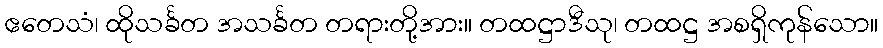
ဧတေသံ၊ ထိုသင်္ခတ အသင်္ခတ တရားတို့အား။ တထဋ္ဌာဒီသု၊ တထဋ္ဌ အစရှိကုန်သော။